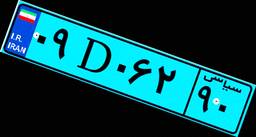
۵۷D۱۳۵۱۱